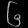
Digit: ၆